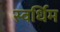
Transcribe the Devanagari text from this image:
स्वर्धिम